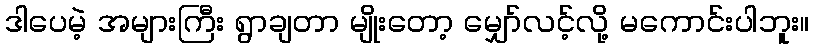
ဒါပေမဲ့ အများကြီး ရွာချတာ မျိုးတော့ မျှော်လင့်လို့ မကောင်းပါဘူး။